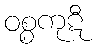
ဝစ္စကုဋီ